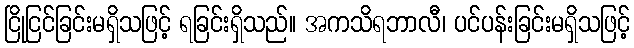
ငြိုငြင်ခြင်းမရှိသဖြင့် ရခြင်းရှိသည်။ အကသိရဘာလီ၊ ပင်ပန်းခြင်းမရှိသဖြင့်